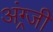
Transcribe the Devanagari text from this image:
अंग्र्जी